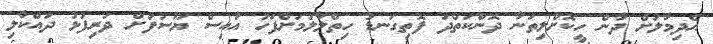
އެދިމާލަށް ދާން ހީކޮށްލިތަނާ ދޮންކަތްދަ ފޮތިގަނޑު ހިތްލާލުމަށްފަހު އައިސް ޔޫސުފަށް ދަރިފުޅު ދައްކާލި